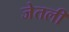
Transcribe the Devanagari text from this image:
जेतली